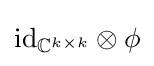
{\textrm {id}}_{\mathbb {C} ^{k\times k}}\otimes \phi